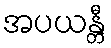
အပယန္တီ